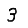
Digit: 3